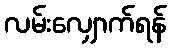
လမ်းလျှောက်ရန်